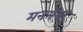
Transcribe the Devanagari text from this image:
मनगंगा